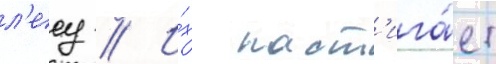
л'есу // И́х наст'ига́ет